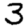
Digit: 3